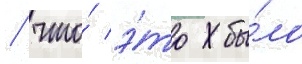
/ что́ э́то бы́ло